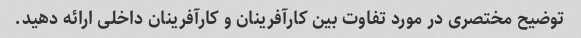
توضیح مختصری در مورد تفاوت بین کارآفرینان و کارآفرینان داخلی ارائه دهید.